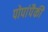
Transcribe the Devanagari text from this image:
पोपांपैकी